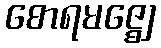
စောရမဇ္ဈေ